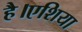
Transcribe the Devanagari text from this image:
है।एशिया